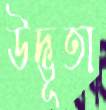
উদ্ভূতা